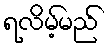
ရလိမ့်မည်